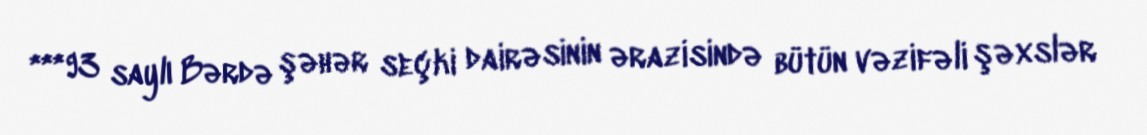
***93 saylı Bərdə şəhər seçki dairəsinin ərazisində bütün vəzifəli şəxslər